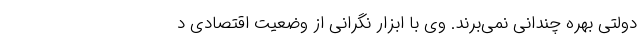
دولتی بهره چندانی نمی‌برند. وی با ابزار نگرانی از وضعیت اقتصادی د